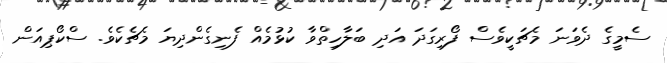
ސެމީގެ ދެވަނަ މެޗަކީވެސް ފޯރިގަދަ އަދި ބަލާހިތްވާ ކުޅުމެއް ފެނިގެންދިޔަ މެޗެކެވެ. ސްކޯޕިއަން